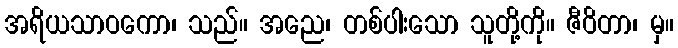
အရိယသာဝကော၊ သည်။ အညေ၊ တစ်ပါးသော သူတို့ကို။ ဇီဝိတာ၊ မှ။